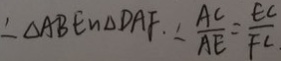
\therefore \Delta A B E \sim \Delta D A F . \therefore \frac { A C } { A E } = \frac { E C } { F C }